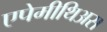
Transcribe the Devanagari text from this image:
एपेमीथिअस